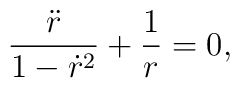
\frac{\ddot{r}}{1-\dot{r}^2} + \frac{1}{r} = 0,